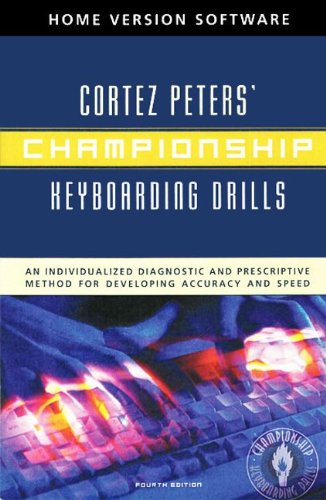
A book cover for Championship Keyboarding Drills Home Version Software w/ UserEEs Guide; Cortez Peters; Law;